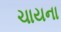
ચાયના